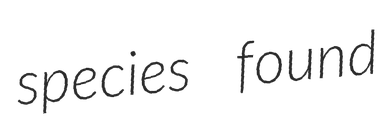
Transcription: species found